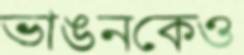
ভাঙনকেও